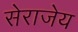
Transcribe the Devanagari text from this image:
सेराजेय